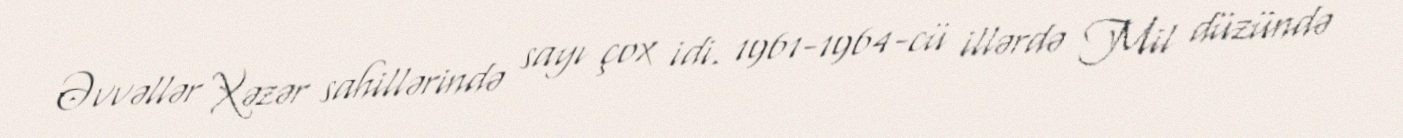
Əvvəllər Xəzər sahillərində sayı çox idi. 1961-1964-cü illərdə Mil düzündə